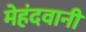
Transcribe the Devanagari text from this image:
मेहंदवानी